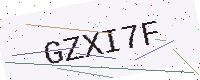
Text: GZXI7F